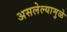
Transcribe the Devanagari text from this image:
असलेल्यामुळे